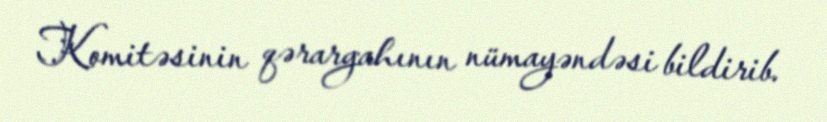
Komitəsinin qərargahının nümayəndəsi bildirib.